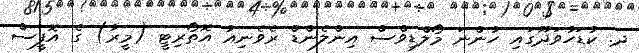
ދ. ކުޑަހުވަދޫގައި ހުންނަ މޯލްޑިވްސް އިންލެންޑް ރެވެނިއު އޮތޯރިޓީ (މީރާ) ގެ އޮފީސް